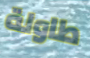
طاولة